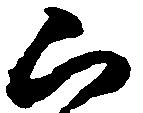
被